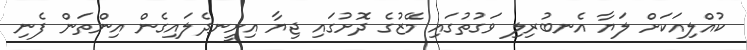
ކުއްލިއަކަށް ލަޔާ އެނބުރިލި ވަގުތުގައި މޭޒުގެ ދޮށުގައި ޖިޔާ އިށީނދެލައިގެން އިންތަން ފެނި